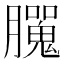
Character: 𦢮